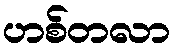
ဟစ်တလာ